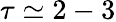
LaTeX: \tau\simeq 2-3